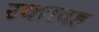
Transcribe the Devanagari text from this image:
रक्तवह